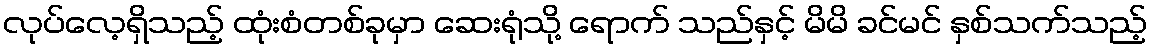
လုပ်လေ့ရှိသည့် ထုံးစံတစ်ခုမှာ ဆေးရုံသို့ ရောက် သည်နှင့် မိမိ ခင်မင် နှစ်သက်သည့်